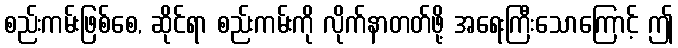
စည်းကမ်းဖြစ်စေ, ဆိုင်ရာ စည်းကမ်းကို လိုက်နာတတ်ဖို့ အရေးကြီးသောကြောင့် ဤ